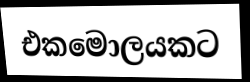
එකමොලයකට